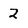
Character: 2